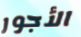
الأجور